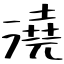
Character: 澆